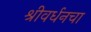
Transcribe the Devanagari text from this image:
श्रीवर्धनचा